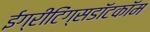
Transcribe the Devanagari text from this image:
ईग्रीटिंग्सडॉटकॉम